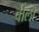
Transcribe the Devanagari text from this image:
वीलो